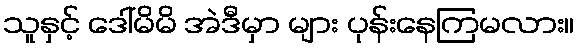
သူနှင့် ဒေါ်မိမိ အဲဒီမှာ များ ပုန်းနေကြမလား။